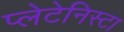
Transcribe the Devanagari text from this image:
प्‍लेटेनिस्‍टा